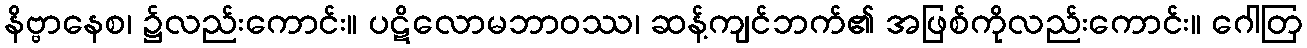
နိဗ္ဗာနေစ၊ ၌လည်းကောင်း။ ပဋိလောမဘာဝဿ၊ ဆန့်ကျင်ဘက်၏ အဖြစ်ကိုလည်းကောင်း။ ဂေါတြ